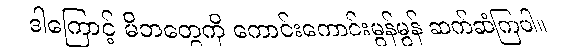
ဒါကြောင့် မိဘတွေကို ကောင်းကောင်းမွန်မွန် ဆက်ဆံကြပါ။